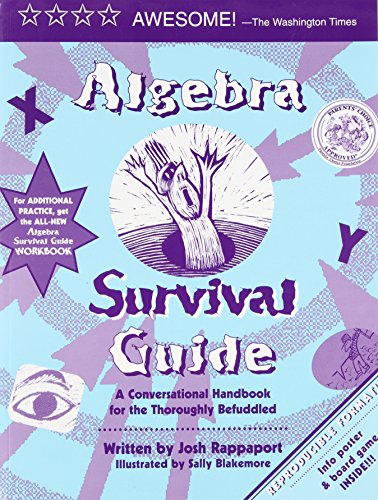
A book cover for Algebra Survival Guide: A Conversational Guide for the Thoroughly Befuddled; Josh Rappaport; Education & Teaching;